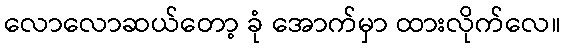
လောလောဆယ်တော့ ခုံ အောက်မှာ ထားလိုက်လေ။